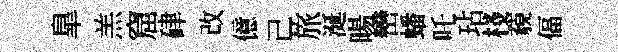
臯羔窟硉改億己旅涎暘巒蟠吒玷棧藐偪